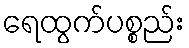
ရေထွက်ပစ္စည်း